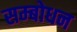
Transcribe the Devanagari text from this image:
सम्‍बोधन